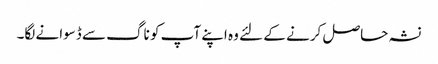
نشہ حاصل کرنے کے لئے وہ اپنے آپ کو ناگ سے ڈسوانے لگا۔